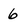
Character: 6